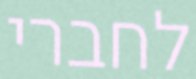
לחברי